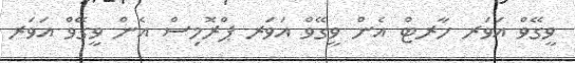
ވީގޭވް އަވަރ ހާރޓް އެން ވީގޭވް އަވަރ ޕްރޮމިސް އެން ވީގޭވް އަވަރ